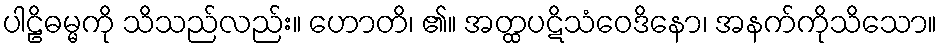
ပါဠိဓမ္မကို သိသည်လည်း။ ဟောတိ၊ ၏။ အတ္ထပဋိသံဝေဒိနော၊ အနက်ကိုသိသော။